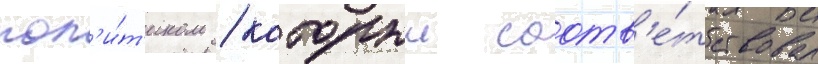
пол'и́т'иком / которыи соотв'е́тствовал